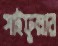
সাইফুল্লার